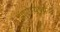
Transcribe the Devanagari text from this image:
आरोग्‍यवर्धक